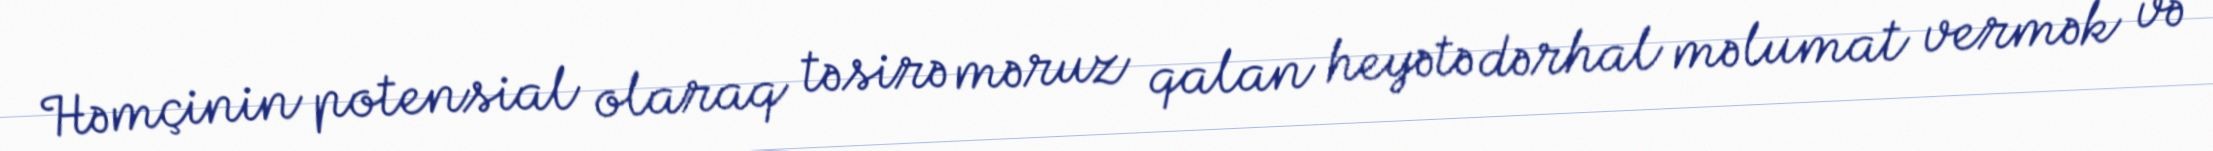
Həmçinin potensial olaraq təsirə məruz qalan heyətə dərhal məlumat vermək və